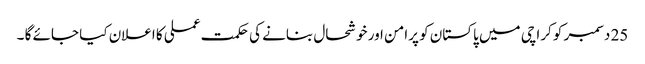
25 دسمبر کو کراچی میں پاکستان کو پرامن اور خوشحال بنانے کی حکمت عملی کا اعلان کیا جائے گا ۔